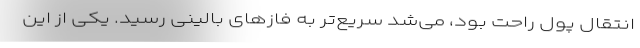
انتقال پول راحت بود، می‌شد سریع‌تر به فازهای بالینی رسید. یکی از این